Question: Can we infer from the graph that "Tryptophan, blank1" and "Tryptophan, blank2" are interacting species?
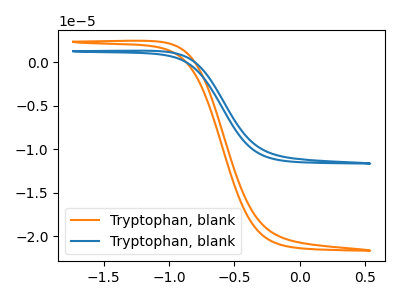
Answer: <think>The orange curve "Tryptophan, blank1" has no peaks. The blue curve "Tryptophan, blank2" has no peaks.
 Neither "Tryptophan, blank1" or "Tryptophan, blank2" have any peaks.</think>
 <answer>No, "Tryptophan, blank1" and "Tryptophan, blank2" don't appear to be significantly different in shape</answer>
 <eval>no_change</eval>